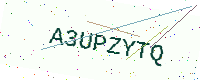
Text: A3UPZYTQ